Report on vaccination proceedings throughout the Government of Bengal -
Year: 1868
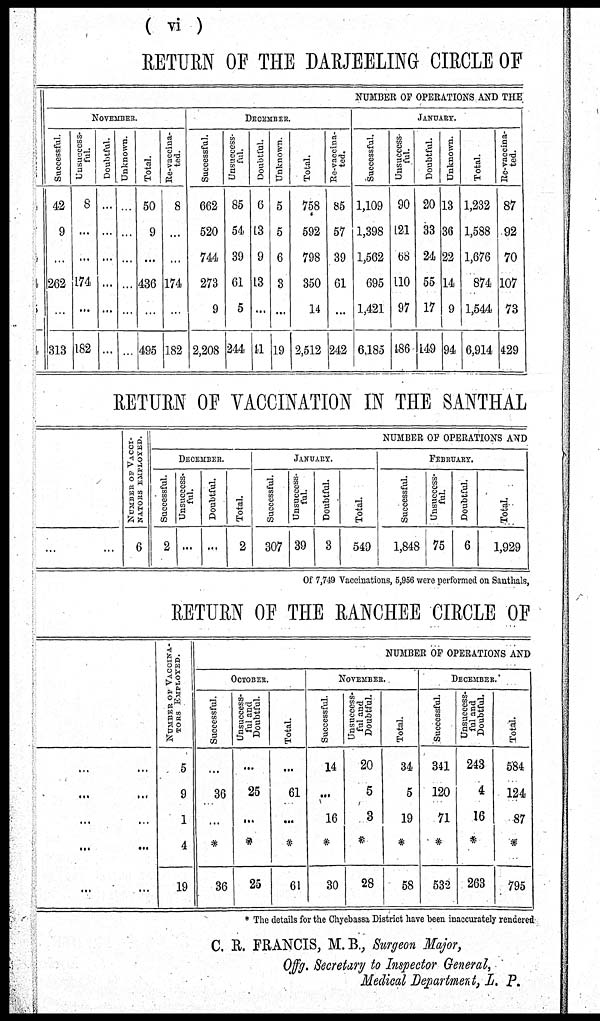
(vi)
RETURN OF THE DARJEELING CIRCLE OF
NUMBER OF OPERATIONS AND THE
NOVEMBER.
Successful.
42
9
...
262
...
313
Unsuccess-
ful.
8
...
...
174
...
182
Doubtful.
...
...
...
...
...
...
Unknown.
...
...
...
...
...
...
Total.
50
9
...
436
...
495
Re-vaccina-
ted.
8
...
...
174
...
182
DECEMBER.
Successful.
662
520
744
273
9
2,208
Unsuccess-
ful.
85
54
39
61
5
244
Doubtful.
6
13
9
13
...
11
Unknown.
5
5
6
3
...
19
Total.
758
592
798
350
14
2,512
Re-vaccina-
ted.
85
57
39
61
...
242
JANUARY.
Successful.
1,109
1,398
1,562
695
1,421
6,185
Unsuccess-
ful.
90
121
68
110
97
186
Doubtful.
20
33
24
55
17
149
Unknown.
13
36
22
14
9
94
Total.
1,232
1,588
1,676
874
1,544
6,914
Re-vaccina-
ted.
87
92
70
107
73
429
RETURN OF VACCINATION IN THE SANTHAL
... ... ...
NUMBER OF VACCI-
NATORS EMPLOYED.
6
NUMBER OF OPERATIONS AND
DECEMBER.
Successful.
2
Unsuccess-
ful.
...
Doubtful.
...
Total.
2
JANUARY.
Successful.
307
Unsuccess-
ful.
39
Doubtful.
3
Total.
549
FEBRUARY.
Successful.
1,848
Unsuccess-
ful.
75
Doubtful.
6
Total.
1,929
Of 7,749 Vaccinations, 5,956 were performed on Santhals,
RETURN OF THE RANCHEE CIRCLE OF
... ... ...
... ... ...
... ... ...
... ... ...
...
NUMBER OF VACCINA-
TORS EMPLOYED.
5
9
1
4
19
NUMBER OF OPERATIONS AND
OCTOBER.
Successful.
...
36
...
*
36
Unsuccess-
ful and
Doubtful.
...
25
...
*
25
Total.
...
61
...
*
61
NOVEMBER.
Successful.
14
...
16
*
30
Unsuccess-
ful and
Doubtful.
20
5
3
*
28
Total.
34
5
19
*
58
DECEMBER.
Successful.
341
120
71
*
532
Unsuccess-
ful and
Doubtful.
243
4
16
*
263
Total.
584
124
87
*
795
* The details for the Chyebassa District have been inaccurately rendered.
C. R. FRANCIS, M.B., Surgeon Major,
Offg. Secretary to Inspector General,
Medical Department, L. P.